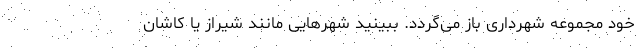
خود مجموعه شهرداری باز می‌گردد. ببینید شهرهایی مانند شیراز یا کاشان